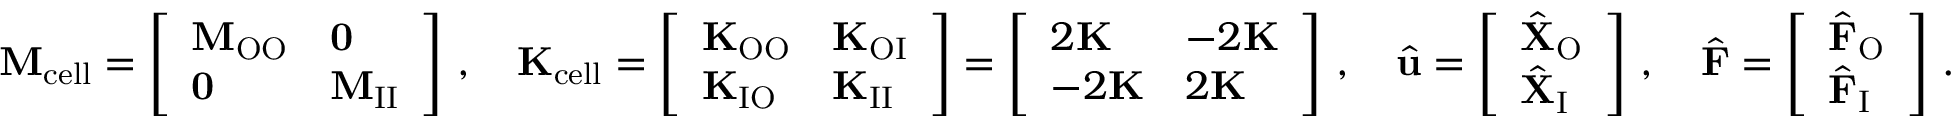
\mathbf { M } _ { \mathrm { c e l l } } = \left[ \begin{array} { l l } { \mathbf { M } _ { \mathrm { O O } } } & { \mathbf { 0 } } \\ { \mathbf { 0 } } & { \mathbf { M } _ { \mathrm { I I } } } \end{array} \right] \, , \quad \mathbf { K } _ { \mathrm { c e l l } } = \left[ \begin{array} { l l } { \mathbf { K } _ { \mathrm { O O } } } & { \mathbf { K } _ { \mathrm { O I } } } \\ { \mathbf { K } _ { \mathrm { I O } } } & { \mathbf { K } _ { \mathrm { I I } } } \end{array} \right] = \left[ \begin{array} { l l } { 2 \mathbf { K } } & { - 2 \mathbf { K } } \\ { - 2 \mathbf { K } } & { 2 \mathbf { K } } \end{array} \right] \, , \quad \hat { \mathbf { u } } = \left[ \begin{array} { l } { \hat { \mathbf { X } } _ { \mathrm { O } } } \\ { \hat { \mathbf { X } } _ { \mathrm { I } } } \end{array} \right] \, , \quad \hat { \mathbf { F } } = \left[ \begin{array} { l } { \hat { \mathbf { F } } _ { \mathrm { O } } } \\ { \hat { \mathbf { F } } _ { \mathrm { I } } } \end{array} \right] \, .